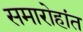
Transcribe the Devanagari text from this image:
समारोहांत